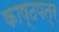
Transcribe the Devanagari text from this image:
काष्ठपत्र